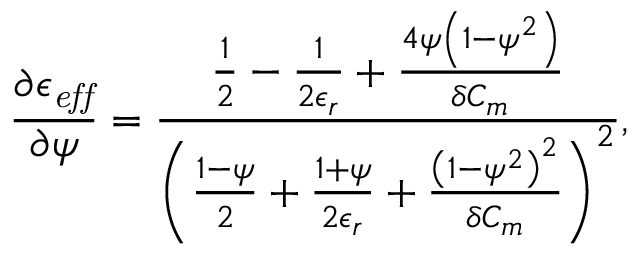
\frac { \partial \epsilon _ { \it { e f f } } } { \partial \psi } = \frac { \frac { 1 } { 2 } - \frac { 1 } { 2 \epsilon _ { r } } + \frac { 4 \psi \left( 1 - \psi ^ { 2 } \right) } { \delta C _ { m } } } { \left( \frac { 1 - \psi } { 2 } + \frac { 1 + \psi } { 2 \epsilon _ { r } } + \frac { \left( 1 - \psi ^ { 2 } \right) ^ { 2 } } { \delta C _ { m } } \right) ^ { 2 } } ,